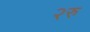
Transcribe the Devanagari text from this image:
२रु